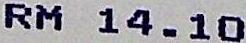
RM 14.10